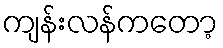
ကျန်းလန်ကတော့